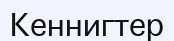
Кеннигтер